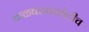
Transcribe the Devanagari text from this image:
कळवळ्यापोटीच